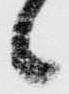
候